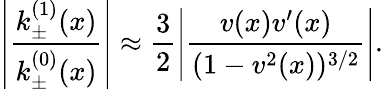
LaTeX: \left|\frac{k_{\pm}^{(1)}(x)}{k_{\pm}^{(0)}(x)}\right|\approx\frac{3}{2}\left|\frac{v(x)v^{\prime}(x)}{(1-v^{2}(x))^{3/2}}\right|.